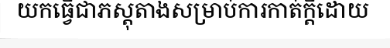
យកធ្វើជាភស្តុតាងសម្រាប់ការកាត់ក្តីដោយ